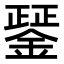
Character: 𨪱